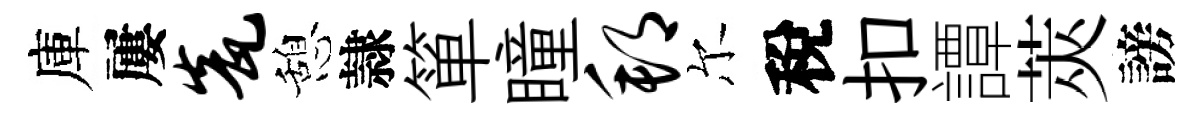
庫屢瓮憩隷箪瞳邦尔稅扣譚莢謗